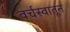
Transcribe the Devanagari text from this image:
वर्चस्वातून